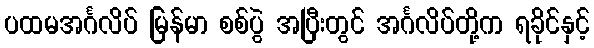
ပထမအင်္ဂလိပ် မြန်မာ စစ်ပွဲ အပြီးတွင် အင်္ဂလိပ်တို့က ရခိုင်နှင့်